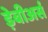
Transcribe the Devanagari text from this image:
ड़ेबीअर्स